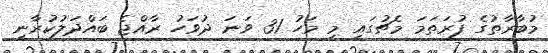
މުބާރާތުގެ ފުރަތަމަ މެޗުގައި މި މަހު 31 ވަނަ ދުވަހު ރާއްޖެ ބައްދަލުކުރާނީ